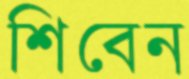
শিবেন